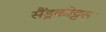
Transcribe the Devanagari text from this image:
सैंड्रकोट्टस